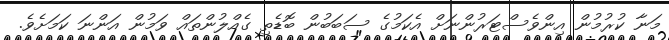
މަނާ ކުރުމުން އިންވެސްޓަރުންނަށް އެކަމުގެ ސަބަބުން ބޮޑެތި ގެއްލުންތައް ވަމުން އަންނަ ކަަމަށެވެ.